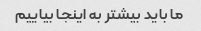
ما باید بیشتر به اینجا بیاییم